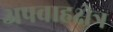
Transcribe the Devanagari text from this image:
अपवाहक्षेत्र